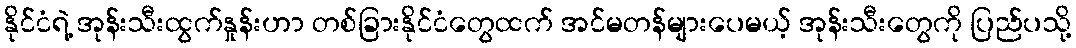
နိုင်ငံရဲ့ အုန်းသီးထွက်နှုန်းဟာ တစ်ခြားနိုင်ငံတွေထက် အင်မတန်များပေမယ့် အုန်းသီးတွေကို ပြည်ပသို့